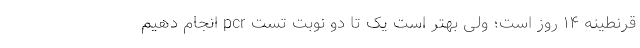
قرنطینه ۱۴ روز است؛ ولی بهتر است یک تا دو نوبت تست pcr انجام دهیم